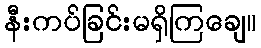
နီးကပ်ခြင်းမရှိကြချေ။